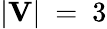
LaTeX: |\textbf{V}|~=~3